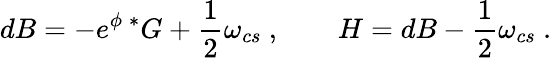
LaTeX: dB=-e^{\phi}{\, }{^*G}+\frac{1}{2}\omega_{cs}\ ,\qquad H=dB-\frac{1}{2}\omega_{cs}\ .